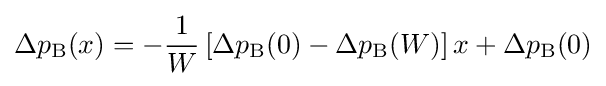
\Delta p_{\text{B}}(x)=-{\frac {1}{W}}\left[\Delta p_{\text{B}}(0)-\Delta p_{\text{B}}(W)\right]x+\Delta p_{\text{B}}(0)